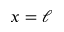
x = \ell